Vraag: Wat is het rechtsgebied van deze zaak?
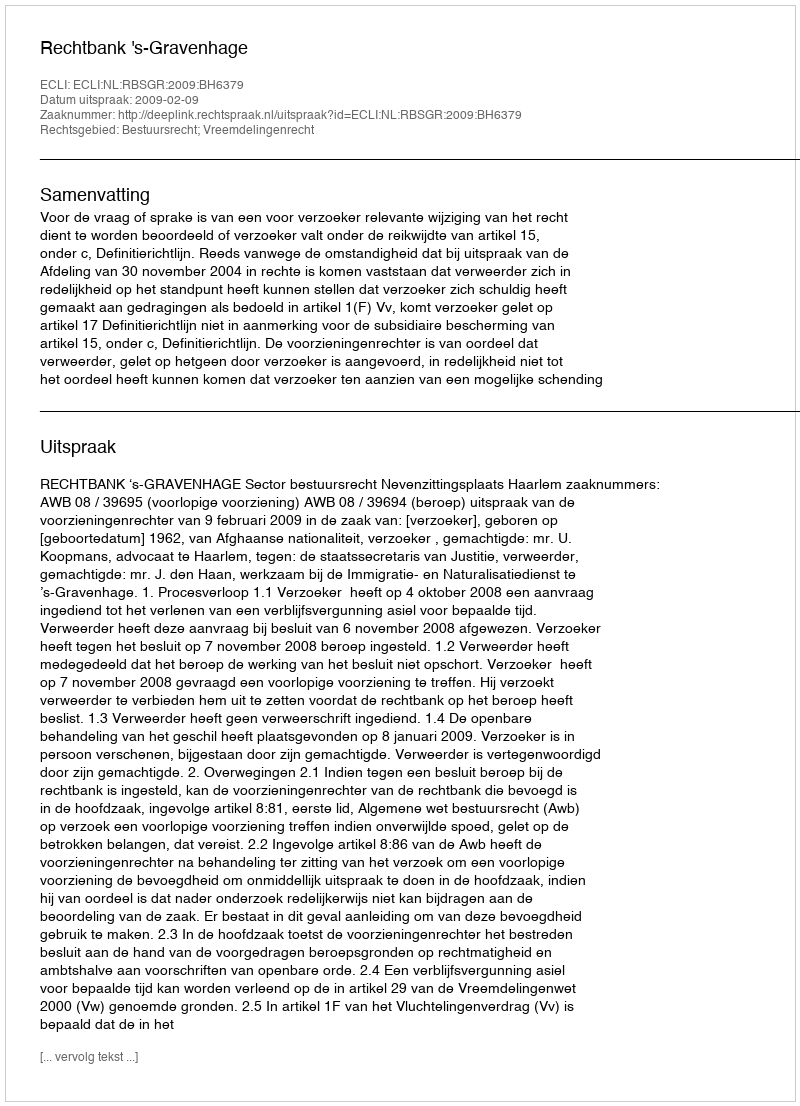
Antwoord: Bestuursrecht; Vreemdelingenrecht